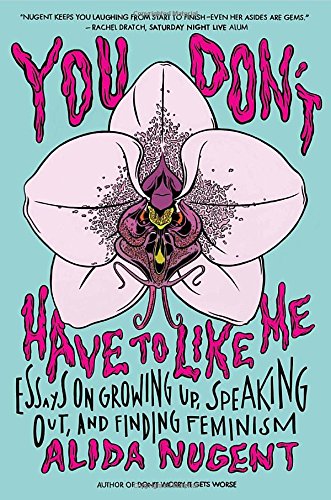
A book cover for You Don't Have to Like Me: Essays on Growing Up, Speaking Out, and Finding Feminism; Alida Nugent; Humor & Entertainment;